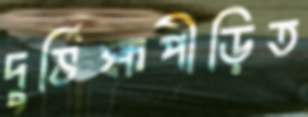
দুর্ভিক্ষপীড়িত